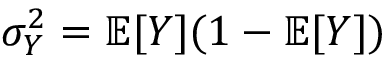
\sigma _ { Y } ^ { 2 } = \mathbb { E } [ Y ] ( 1 - \mathbb { E } [ Y ] )